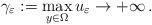
LaTeX: \begin{align*}\gamma_\varepsilon:=\max_{y\in\Omega} u_\varepsilon \to +\infty\,.\end{align*}